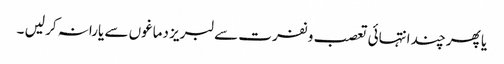
یا پھر چند انتہائی تعصب و نفرت سے لبریز دماغوں سے یارانہ کر لیں ۔